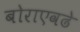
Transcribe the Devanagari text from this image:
बोराएवढे